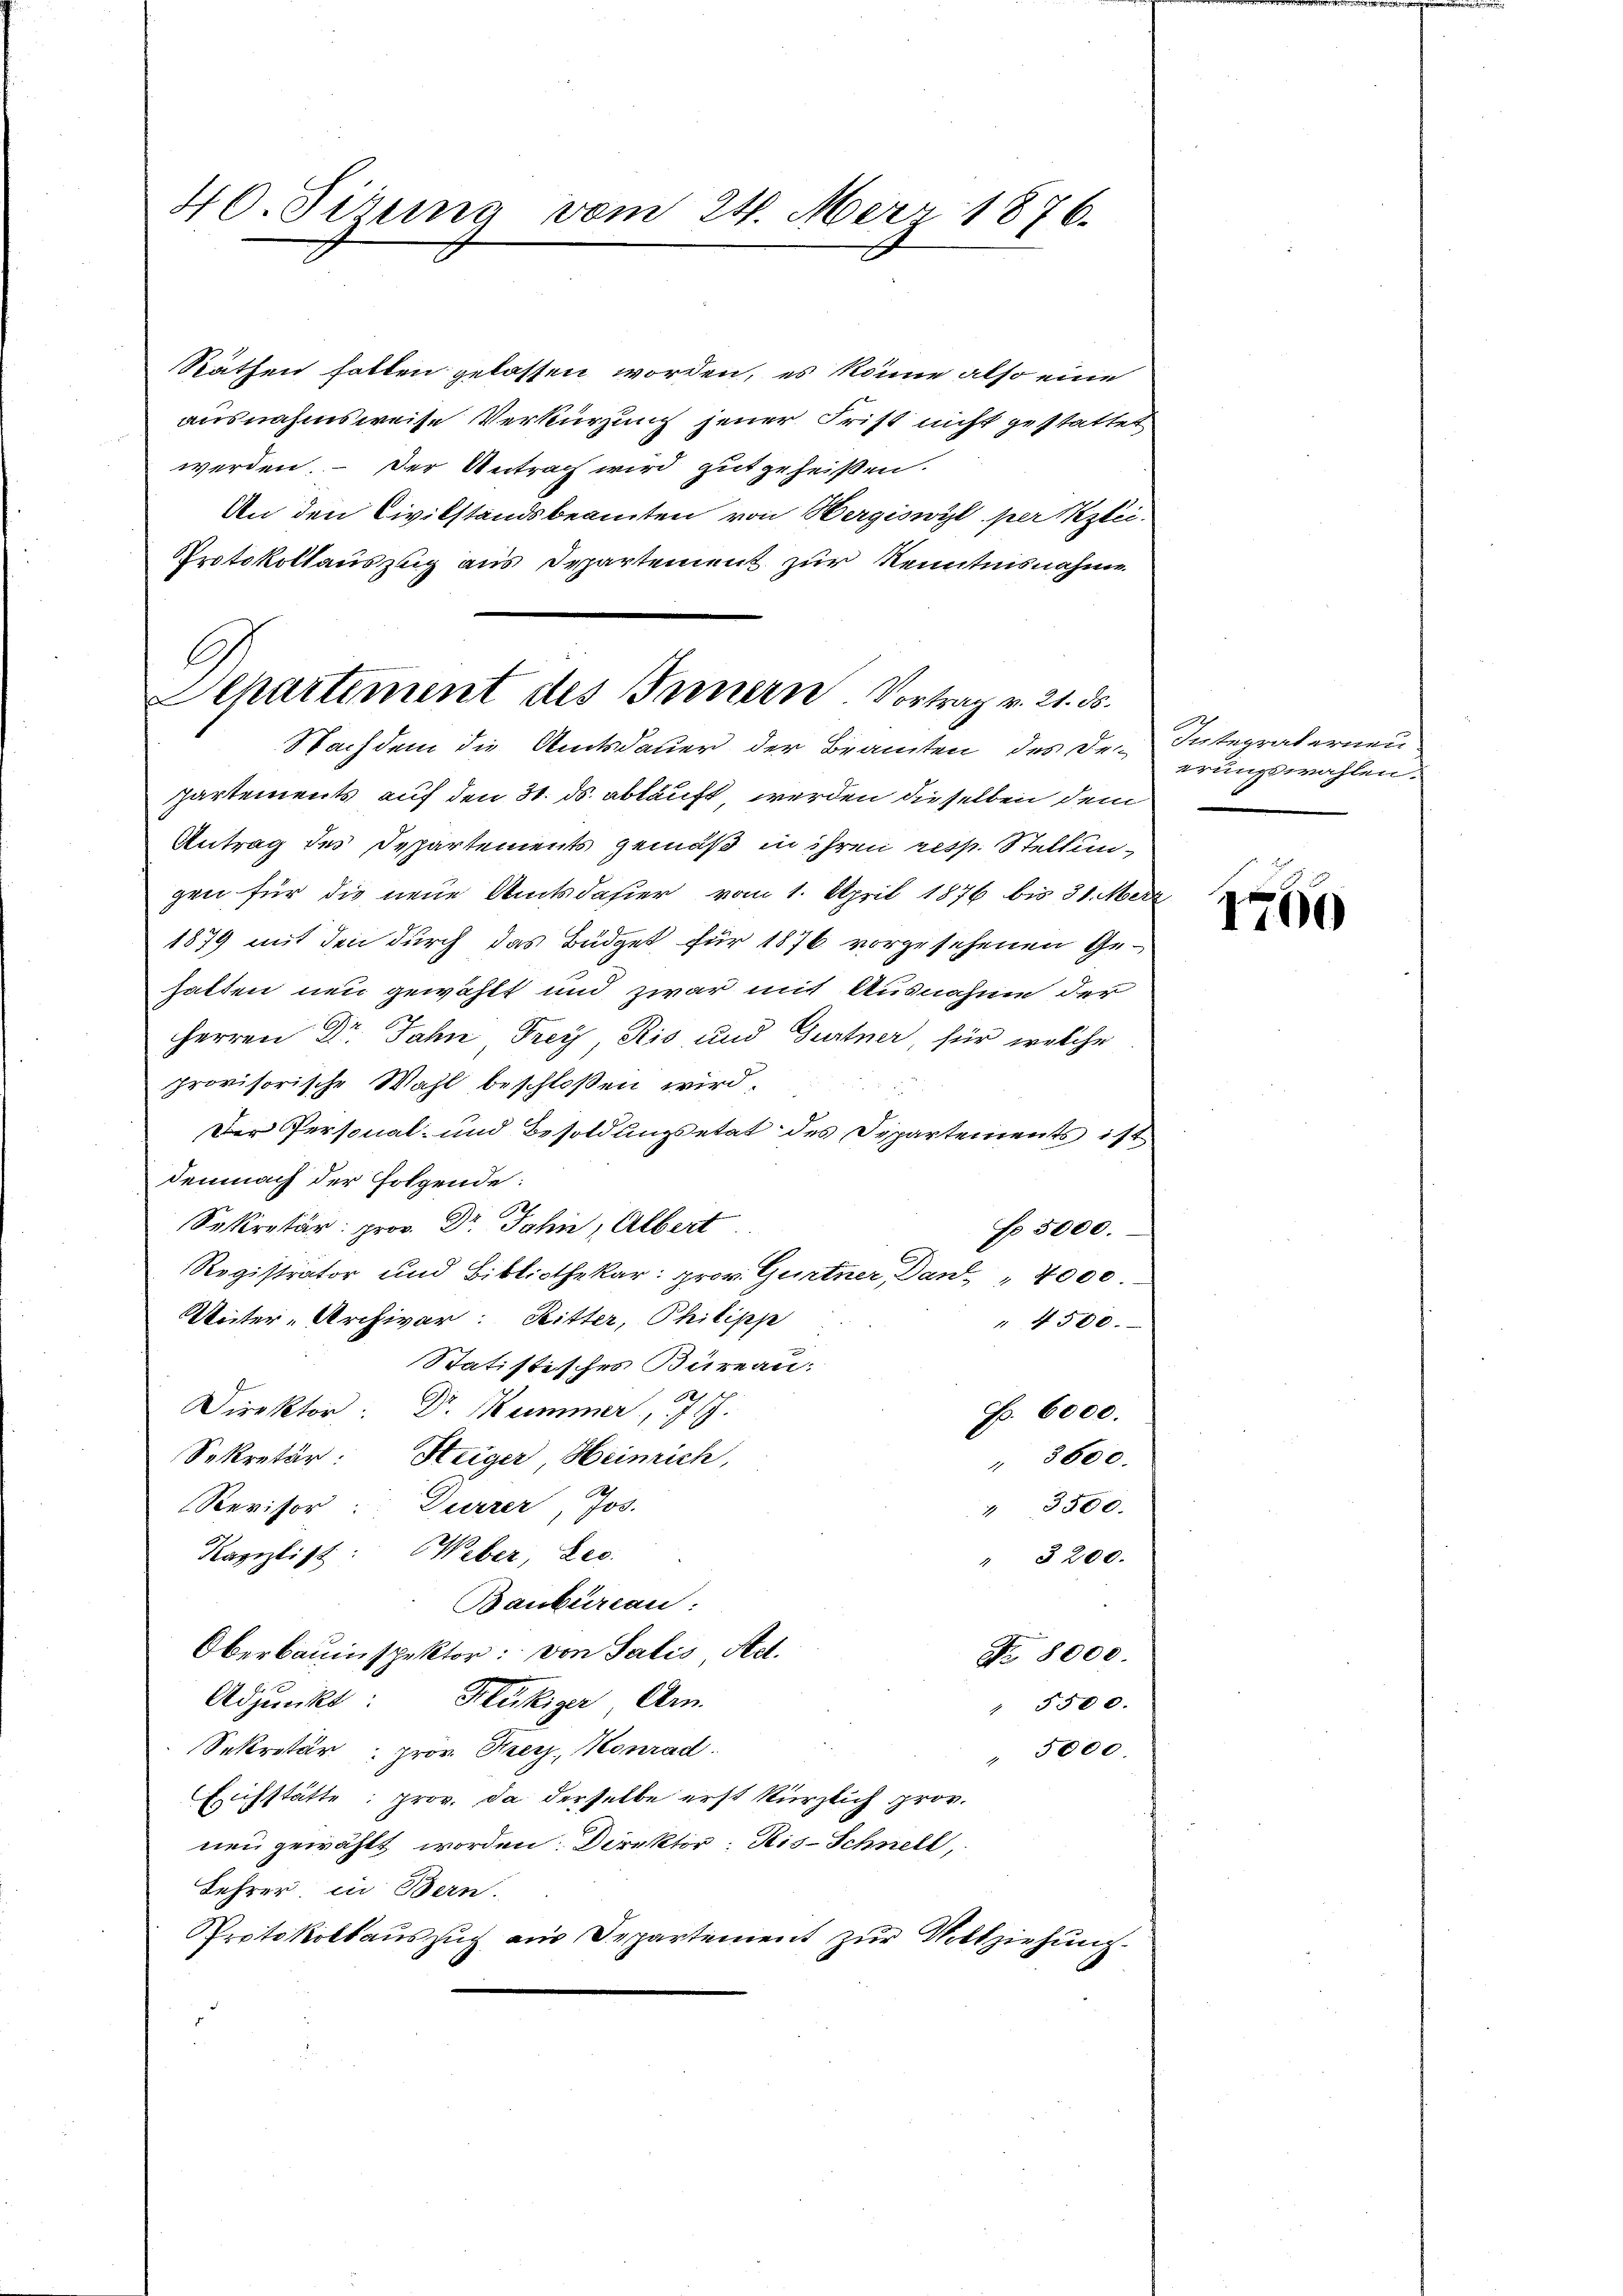
40. Sirung vom 24. März 1876.

Räthen hatten gelassen worden, es könne also eine
ausnahmsweise Verkürzung jener Frist nicht gestattet
werden. – Der Antrach wird gut geheißen.
An den Civilstandsbeamten von Hergiswyl per Klei¬
Protokollauszug aus Departement zur Kenntnisnahme
partements auf den 31. ds. abkauft werden dieselben dem
Antrag der Departements gemäß in ihren resp. Stellungen für die neue Amtsdahier vom 1. April 1876 bis 31. Mer
1879 mit den durch das Büdget für 1876 vorgesehenen Gehatten neu gewählt und zwar mit Ausnahme der
Herren Dr. Jahn Frey, Ris und Gurtner, für welche
provisorische Wahl beschloßen wird,
3
Der Personal- und Besoldungsetat des Departements ist
demnach der Folgende:
Sekretär: prov. Dr. Jahn, Albert
N 5000.
Registrator und Bibliothekar: prov. Gurtner, Dank " 4000
Unter-Archivar: Ritter, Philipp
" 4500.
Statistisches Bureau:
Direktor: Dr. Keimmer, 27 J.
F. 6000.
Sekretär: Steiger, Heinrich,
" 3600.
Revisor: Durrer, Jos.
" 3500.
Kanzlist: Weber, Leo
" § 200.
Baubureau:
Oberbauinspektor: von Salis Act.
Nr. 8000.
Adjunkt: Klukiger Am
" 5500.
Sekretär, prov. Kreis. Konrad
" 5000.
Eichstätte: prov. da derselbe erst kürzlich prov.
neu gewählt worden. Direktor Ris-Schnell,
Lehrer in Bern.
Protokollauszug aus Departement zur Vollziehung.

A
Aepartement des Innern Vortrag v. 21. ds.
Nachdem die Amtsdauer der Beamten des Den

Integraternen
erungswahlen.

1760